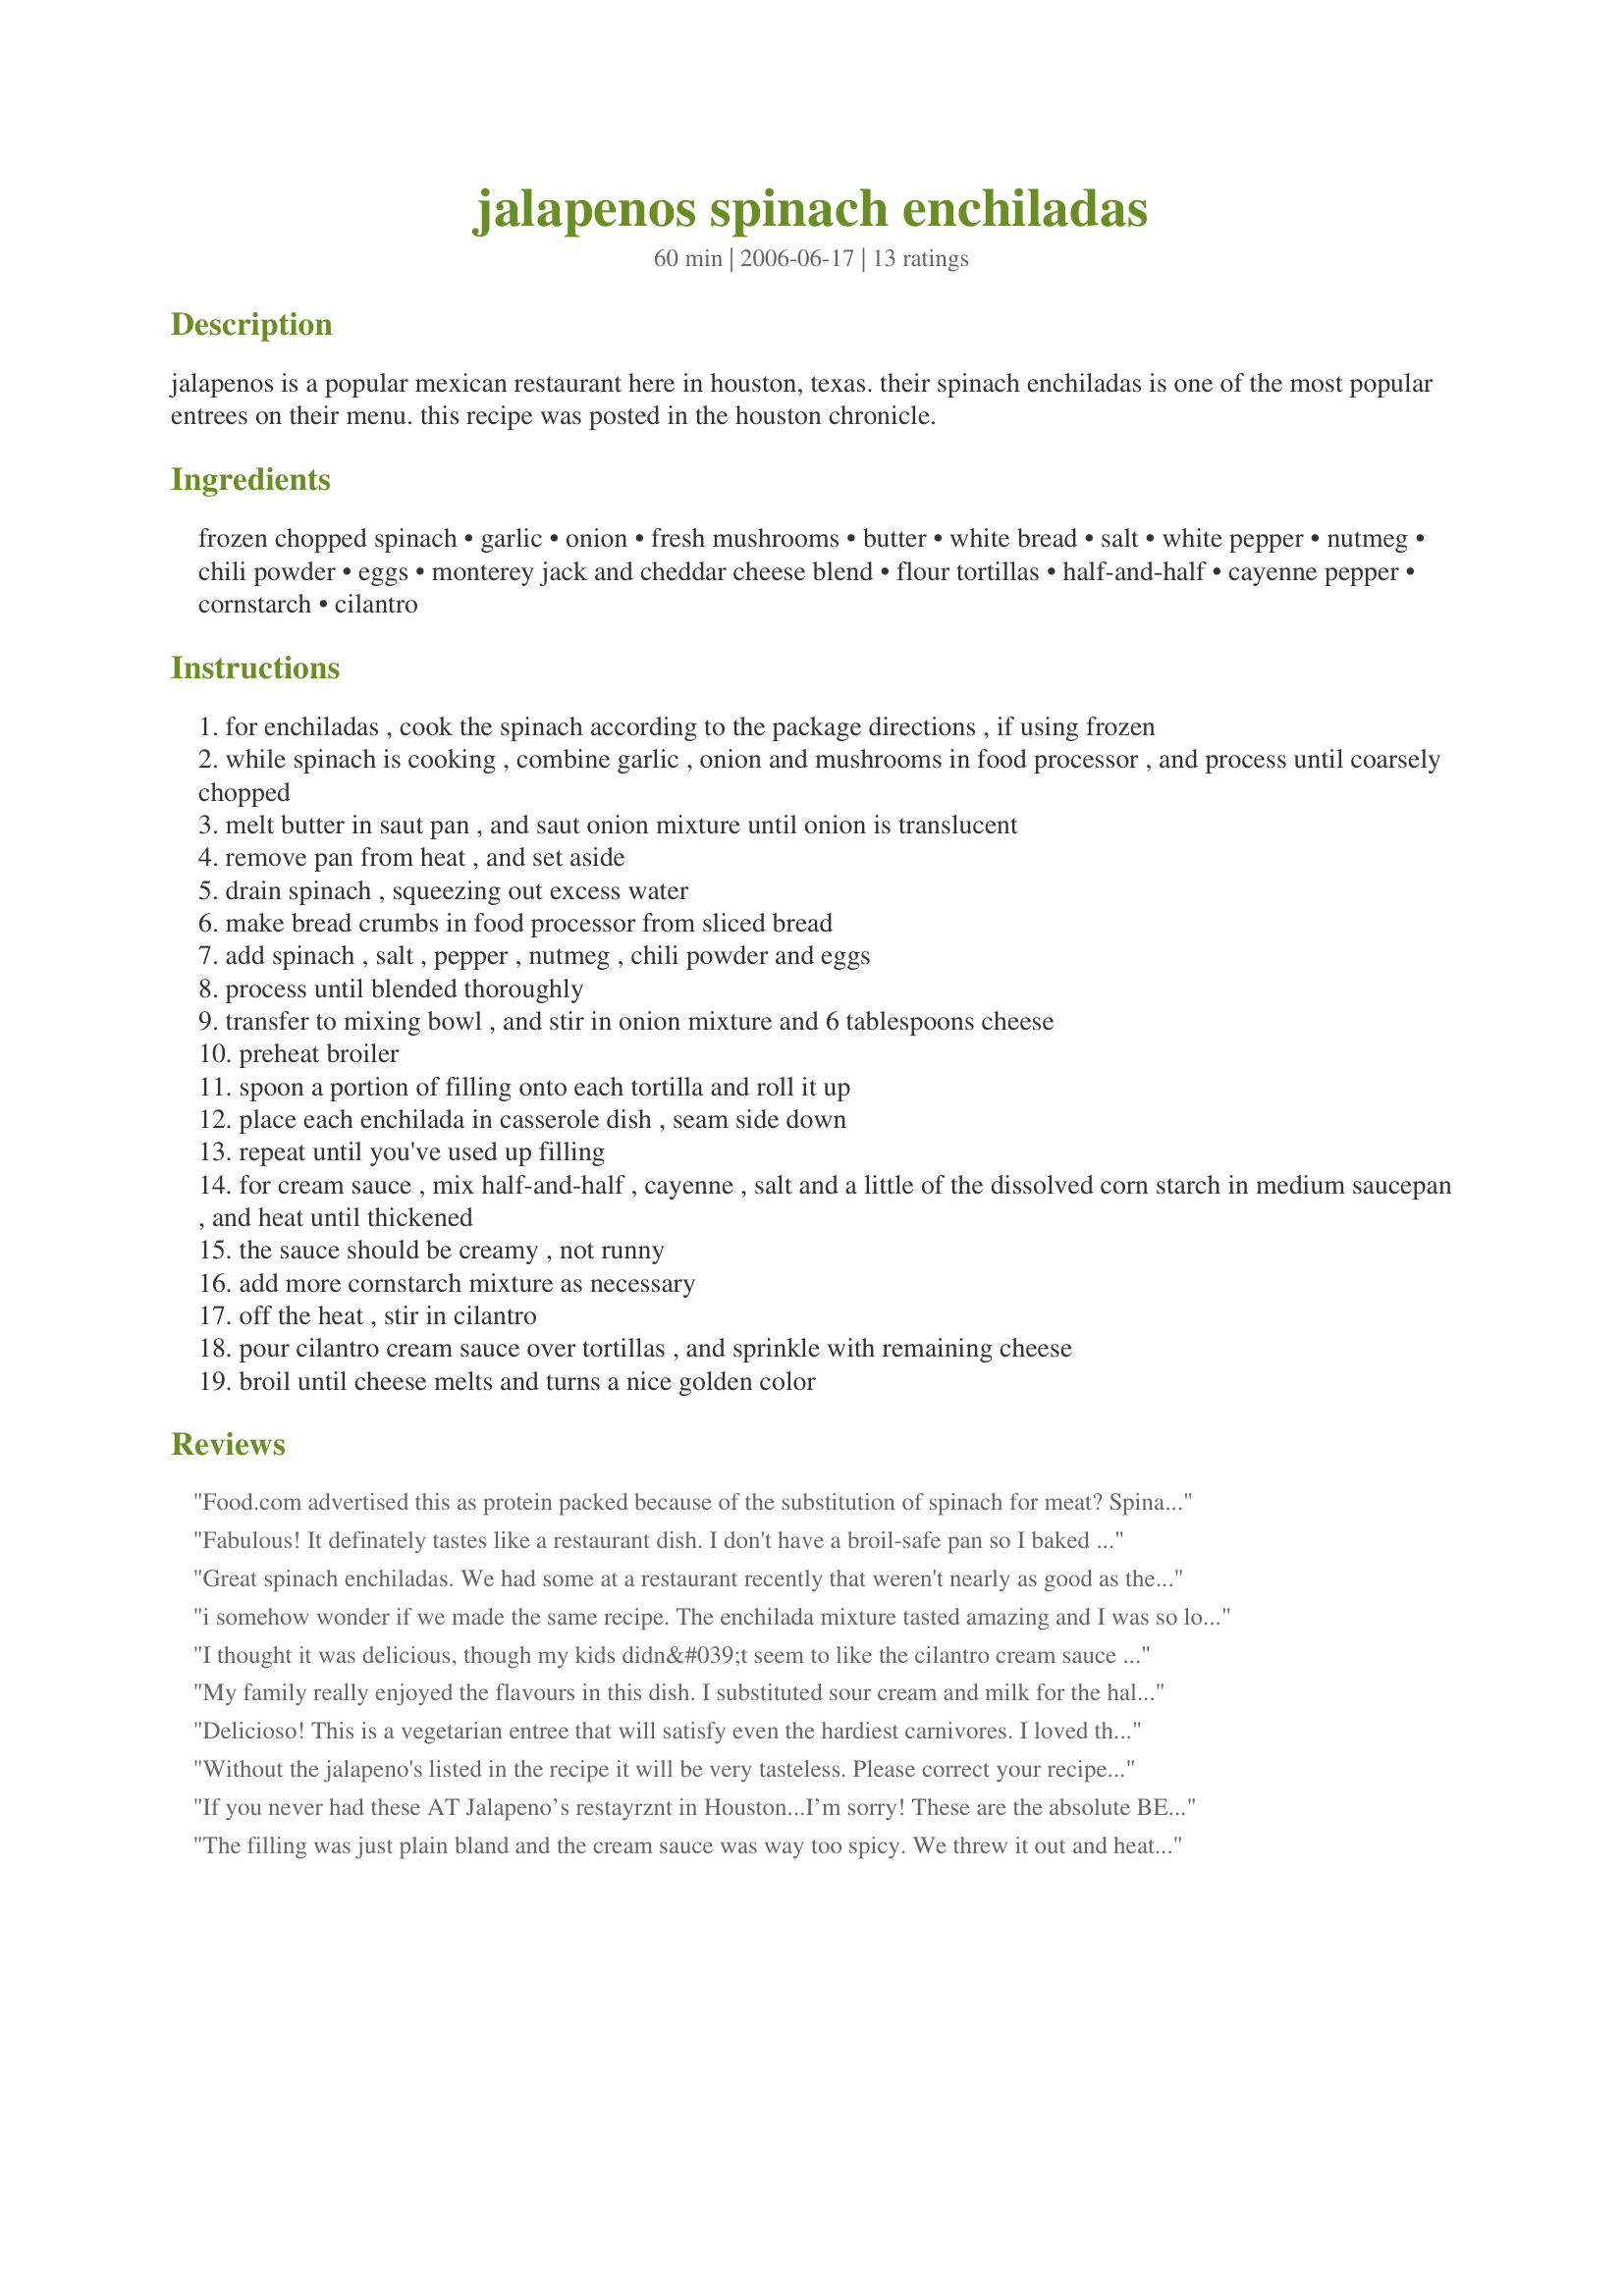
jalapenos spinach enchiladas
Preparation time: 60 minutes

jalapenos is a popular mexican restaurant here in houston, texas. their spinach enchiladas is one of the most popular entrees on their menu. this recipe was posted in the houston chronicle.

Ingredients:
frozen chopped spinach, garlic, onion, fresh mushrooms, butter, white bread, salt, white pepper, nutmeg, chili powder, eggs, monterey jack and cheddar cheese blend, flour tortillas, half-and-half, cayenne pepper, cornstarch, cilantro

Steps:
for enchiladas , cook the spinach according to the package directions , if using frozen
while spinach is cooking , combine garlic , onion and mushrooms in food processor , and process until coarsely chopped
melt butter in saut pan , and saut onion mixture until onion is translucent
remove pan from heat , and set aside
drain spinach , squeezing out excess water
make bread crumbs in food processor from sliced bread
add spinach , salt , pepper , nutmeg , chili powder and eggs
process until blended thoroughly
transfer to mixing bowl , and stir in onion mixture and 6 tablespoons cheese
preheat broiler
spoon a portion of filling onto each tortilla and roll it up
place each enchilada in casserole dish , seam side down
repeat until you've used up filling
for cream sauce , mix half-and-half , cayenne , salt and a little of the dissolved corn starch in medium saucepan , and heat until thickened
the sauce should be creamy , not runny
add more cornstarch mixture as necessary
off the heat , stir in cilantro
pour cilantro cream sauce over tortillas , and sprinkle with remaining cheese
broil until cheese melts and turns a nice golden color

Reviews:
Food.com advertised this as protein packed because of the substitution of spinach for meat? Spinach contains very little, if any, protein. It IS high in iron as is red meat.
Fabulous! It definately tastes like a restaurant dish. I don't have a broil-safe pan so I baked it at 350 F for about 30 mins. I substituted evaporated milk for the half-n-half, great sauce!
Great spinach enchiladas. We had some at a restaurant recently that weren't nearly as good as these. The cream sauce is great and I'm going to use it to make chicken enchiladas, too.
i somehow wonder if we made the same recipe. The enchilada mixture tasted amazing and I was so looking forward to it. I like the notion of the cilantro cream sauce. However, it was so rich that I could not eat it. I liked the flavors, however, it was way too rich for my taste. Next time, I might use some other sauce on top.
I thought it was delicious, though my kids didn&#039;t seem to like the cilantro cream sauce very much.
My family really enjoyed the flavours in this dish. I substituted sour cream and milk for the half and half, which worked well. I served it as a main with a spinach and cherry tomato vinaigrette salad (overkill maybe, but I LOVE spinach!)&lt;br/&gt;The best thing about this dish is the cilantro sauce - the enchiladas just soak up the flavour and taste FANTASTIC!
Delicioso! This is a vegetarian entree that will satisfy even the hardiest carnivores. I loved the cilantro cream sauce. The 3 cups of cilantro was a little more than 2 large bunches of cilantro.Next time I might use a few extra mushrooms just because I love them so much. Make sure to serve this with refried beans because the flavors are so good together. Made for my PAC baby 2009.
Without the jalapeno's listed in the recipe it will be very tasteless. Please correct your recipe, as that is first of all a mistake.
If you never had these AT Jalapeno’s restayrznt in Houston...I’m sorry! These are the absolute BEST spinach enchiladas I’ve ever had...anywhere! I prefer to have someone else make them, because it’s a bit of work; BUT...at least I know I can make make them if needed!!! ???? And it just adds to the awesome, if served with refried beans and Mexican rice!
The filling was just plain bland and the cream sauce was way too spicy. We threw it out and heated up frozen pizza! I will NOT make this one again. It was a waste of ingredients and time.
I was disappointed with the blandness of the dish, not even the cilantro cream sauce added the taste I was anticipating. The cheese topping was the saving ingredient. Also, broiling, as directed, did not allow the cheese to meld with the other flavors. I recommend baking the dish until golden brown. Lastly, the recipe required wayyy too much work (chopping the cilantro, nursing the sauce to thickness, cooking/draining the spinach, ugh) for the mediocre outcome.
Made these for my daughters birthday. This was the only vegetarian dish I made and I had such high hopes for it. The enchiladas themselves were very tasty. It was the cilantro sauce that was horrible. I kept looking at the ingredients to make sure that I had made it correctly because of all of these rave reviews...... and I did. The cilantro is so incredibly overwhelming that it ruins the whole dish. Everyone at the party ended up scraping off most of the sauce just for the enchiladas to be edible. &lt;br/&gt;Probably won&#039;t make this again. If I do, I definately won&#039;t use that sauce recipe.
Fantastic! What a find! I made one fourth a recipe to use some fresh spianch that would expire soon and am so sorry. I wanted to lick the plate. I used it as a side dish with grilled orange roughy and Bobby Flay's slaw with cilantro. My husband says this is restaurant quality. I believe this would be a wonderful brunch dish. I didn't have mushrooms so reconstituted dried shitakes and used those. This will become a regular at our house.
